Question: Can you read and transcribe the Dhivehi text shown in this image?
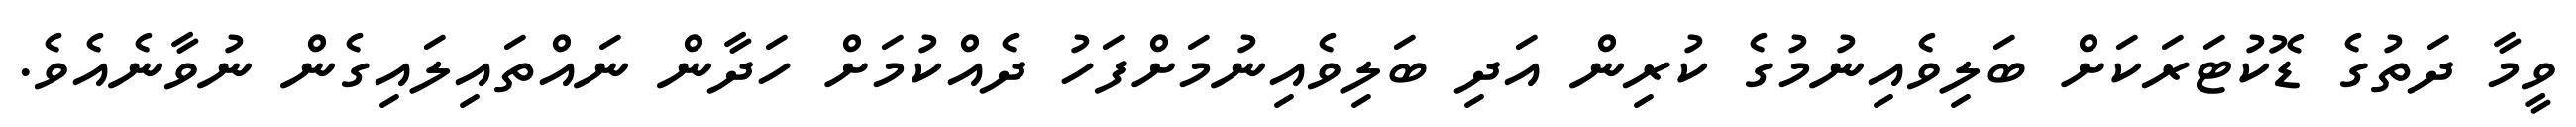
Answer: ވީމާ ދަތުގެ ޑޮކުޓަރަކަށް ބަލިވެއިނުމުގެ ކުރިން އަދި ބަލިވެއިނުމަށްފަހު ދެއްކުމަށް ހަދާން ނައްތައިލައިގެން ނުވާނެއެވެ.